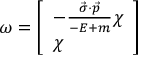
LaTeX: \omega = { \left[ \begin{array} { l } { - { \frac { { \vec { \sigma } } \cdot { \vec { p } } } { - E + m } } \chi } \\ { \chi } \end{array} \right] }